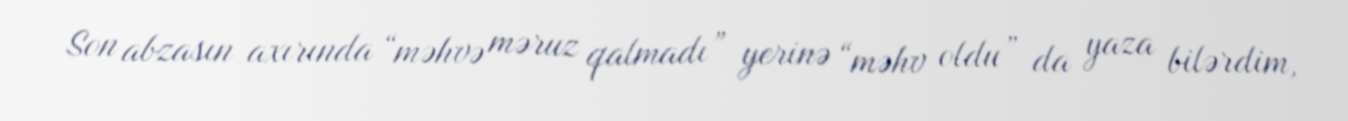
Son abzasın axırında “məhvə məruz qalmadı” yerinə “məhv oldu” da yaza bilərdim,